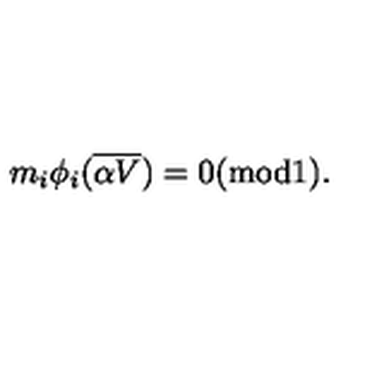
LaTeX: m _ { i } \phi _ { i } ( { \overline { { \alpha V } } } ) = 0 ( \mathrm { m o d } 1 ) .